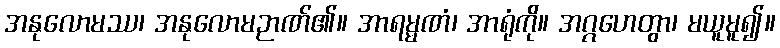
အနုလောမဿ၊ အနုလောမဉာဏ်၏။ အာရမ္မဏံ၊ အာရုံကို။ အဂ္ဂဟေတွာ၊ မယူမူ၍။